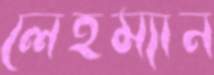
লেহম্যান